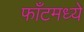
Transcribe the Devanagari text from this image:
फाँटमध्ये